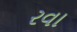
રવા